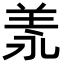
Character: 𦍛